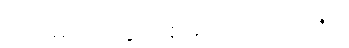
အမေ့ရေ ကျွန်းစုများအား ၁၀+၁